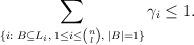
LaTeX: \begin{align*} \sum_{ \{i:\; B\subseteq L_i,\;1\leq i \leq \binom{n}{l},\; |B|=1 \} } \gamma_i \leq 1.\end{align*}